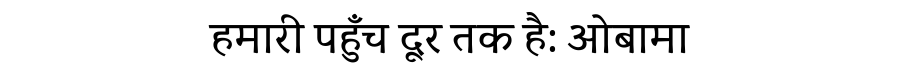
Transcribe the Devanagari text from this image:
हमारी पहुँच दूर तक है: ओबामा